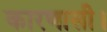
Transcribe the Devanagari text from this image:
कारणासी।